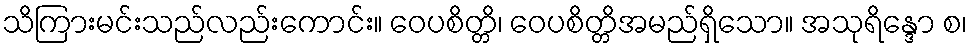
သိကြားမင်းသည်လည်းကောင်း။ ဝေပစိတ္တိ၊ ဝေပစိတ္တိအမည်ရှိသော။ အသုရိန္ဒော စ၊